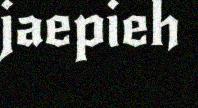
jaepieh